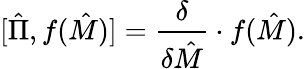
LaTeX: [\hat{\Pi},f(\hat{M})]={\frac{\delta}{\delta\hat{M}}}\cdot f(\hat{M}).